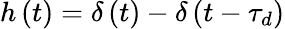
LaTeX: h\left(t\right)=\delta\left(t\right)-\delta\left(t-\tau_{d}\right)